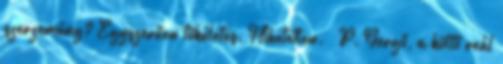
szerzemény? Egyszerűen tökéletes. Hihetetlen.” P. Gergő, a költő reál